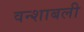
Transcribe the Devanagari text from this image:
वन्शाबली